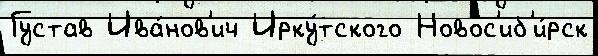
Густав Ива́нов'ич Ирку́тского Новос'иб'и́рск